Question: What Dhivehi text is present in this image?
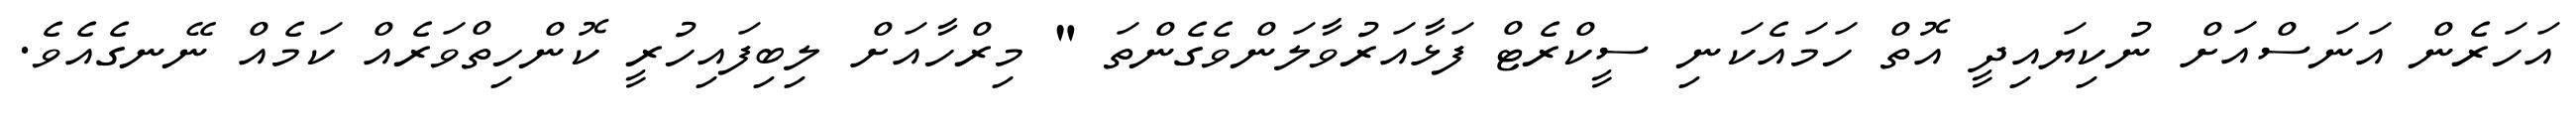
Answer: އަހަރެން އަނަސްއަށް ނުކިޔައިދީ އޮތް ހަމައެކަނި ސީކްރެޓް ފަޅާއަރުވާލަންވެގެންތަ " މިރްހާއަށް ލިބިފައިހުރީ ކޮންހިތްވަރެއް ކަމެއް ނޭނގެއެވެ.